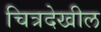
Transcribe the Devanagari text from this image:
चित्रदेखील